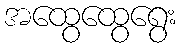
အထွေထွေရွေး